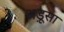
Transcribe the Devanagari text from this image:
अड़ूसा